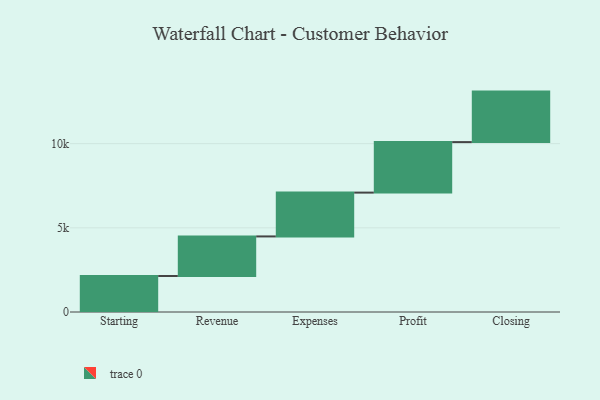
{"axis": {"x": "Step", "y": "Value"}, "legend": [""], "data": [{"x": "Starting", "y": 2138.0, "type": ""}, {"x": "Revenue", "y": 2351.0, "type": ""}, {"x": "Expenses", "y": 2603.0, "type": ""}, {"x": "Profit", "y": 3000, "type": ""}, {"x": "Closing", "y": 3000, "type": ""}]}